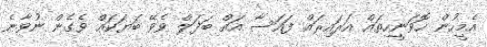
އެމީހުން ހޮވަނީހިތައް އަރައިރައް ފައަސާ އައް ބަދަލް ވެވޭ ބަޔަކައް ވެގެން ނުވާނެ